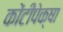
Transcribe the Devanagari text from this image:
कोंटीपेक्षा